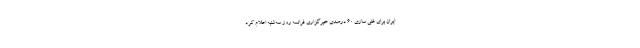
ایران برای غنی سازی 60 درصدی خبرگزاری فرانسه روز سه‌شنبه اعلام کرد